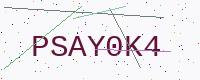
Text: PSAY0K4